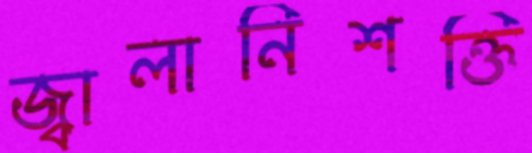
জ্বালানিশক্তি